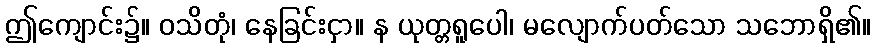
ဤကျောင်း၌။ ဝသိတုံ၊ နေခြင်းငှာ။ န ယုတ္တရူပေါ၊ မလျောက်ပတ်သော သဘောရှိ၏။